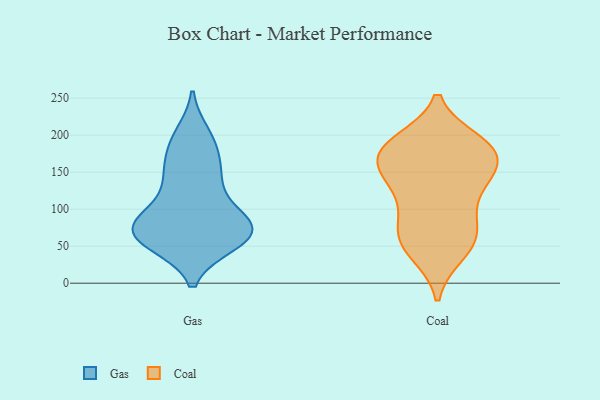
{"axis": {"x": "Inventory Turnover", "y": "Value"}, "legend": ["Coal", "Gas"], "data": [{"x": "", "y": 134, "type": "Gas"}, {"x": "", "y": 155, "type": "Gas"}, {"x": "", "y": 81, "type": "Gas"}, {"x": "", "y": 193, "type": "Gas"}, {"x": "", "y": 54, "type": "Gas"}, {"x": "", "y": 152, "type": "Gas"}, {"x": "", "y": 185, "type": "Gas"}, {"x": "", "y": 58, "type": "Gas"}, {"x": "", "y": 72, "type": "Gas"}, {"x": "", "y": 65, "type": "Gas"}, {"x": "", "y": 82, "type": "Gas"}, {"x": "", "y": 96, "type": "Gas"}, {"x": "", "y": 86, "type": "Gas"}, {"x": "", "y": 77, "type": "Gas"}, {"x": "", "y": 69, "type": "Gas"}, {"x": "", "y": 138, "type": "Gas"}, {"x": "", "y": 64, "type": "Gas"}, {"x": "", "y": 54, "type": "Gas"}, {"x": "", "y": 200, "type": "Gas"}, {"x": "", "y": 141, "type": "Coal"}, {"x": "", "y": 69, "type": "Coal"}, {"x": "", "y": 138, "type": "Coal"}, {"x": "", "y": 190, "type": "Coal"}, {"x": "", "y": 56, "type": "Coal"}, {"x": "", "y": 146, "type": "Coal"}, {"x": "", "y": 120, "type": "Coal"}, {"x": "", "y": 181, "type": "Coal"}, {"x": "", "y": 101, "type": "Coal"}, {"x": "", "y": 71, "type": "Coal"}, {"x": "", "y": 151, "type": "Coal"}, {"x": "", "y": 182, "type": "Coal"}, {"x": "", "y": 42, "type": "Coal"}, {"x": "", "y": 180, "type": "Coal"}, {"x": "", "y": 40, "type": "Coal"}, {"x": "", "y": 169, "type": "Coal"}, {"x": "", "y": 191, "type": "Coal"}, {"x": "", "y": 177, "type": "Coal"}, {"x": "", "y": 75, "type": "Coal"}]}